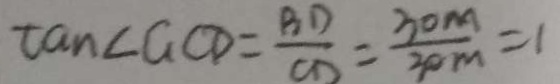
\tan \angle G C D = \frac { B D } { C D } = \frac { 3 0 m } { 3 0 m } = 1